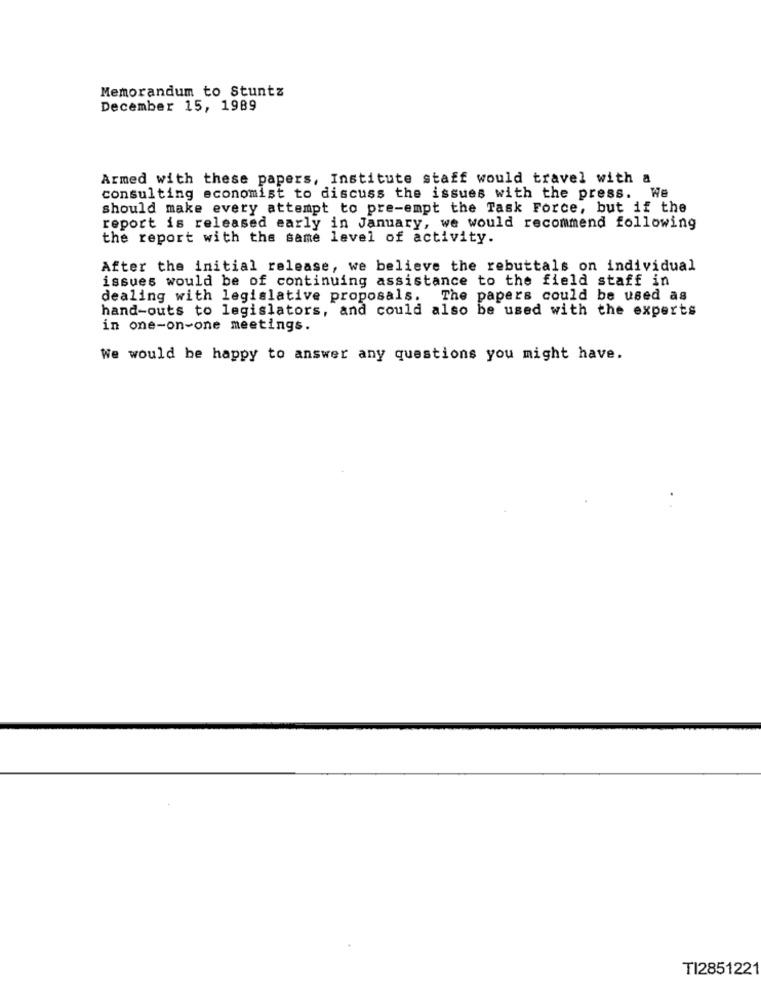
Memorandum to Stuntz
December 15, 1989
Armed with these papers, Institute staff would travel with a
consulting economist to discuss the issues with the press. We
should make every attempt to pre-empt the Task Force, but if the
report is released early in January, we would recommend following
the report with the same level of activity.
After the initial release, we believe the rebuttals on individual
issues would be of continuing assistance to the field staff in
dealing with legislative proposals. The papers could be used as
hand-outs to legislators, and could also be used with the experts
in one-on-one meetings.
We would be happy to answer any questions you might have.
TI2851221